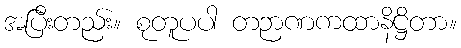
အပြီးတည်း။ စုတူပပါ တဉာဏကထာနိဋ္ဌိတာ။